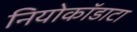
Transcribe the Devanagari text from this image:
नियोकॉडाटा